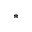
*